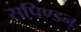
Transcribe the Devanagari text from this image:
सपिण्डन्